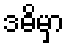
ဒဓိမှာ